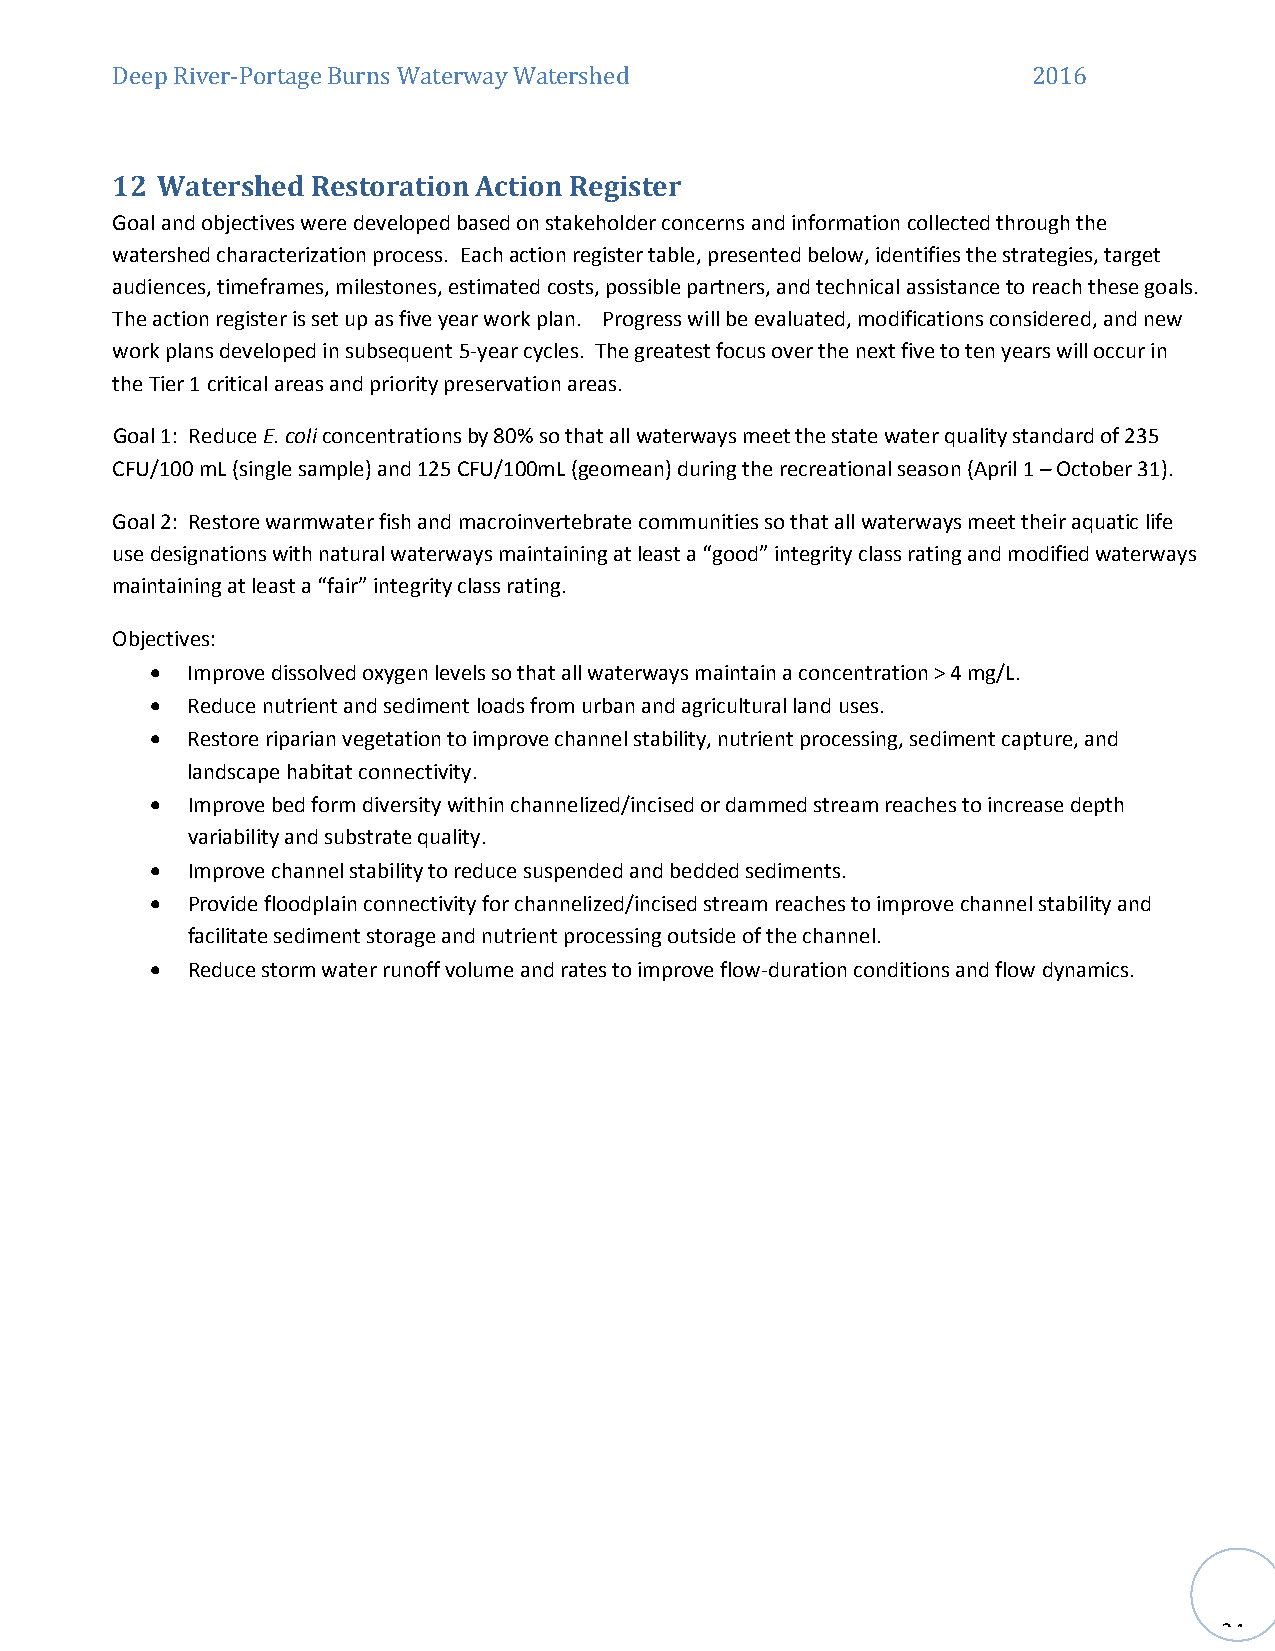
Deep River-Portage Burns Waterway Watershed                  2016
 12 Watershed  Restoration Action Register
 Goal and objectives were developed based on stakeholder concerns and information collected through the
 watershed characterization process. Each action register table, presented below, identifies the strategies, target
 audiences, timeframes, milestones, estimated costs, possible partners, and technical assistance to reach these goals.
 The action register is set up as five year work plan. Progress will be evaluated, modifications considered, and new
 work plans developed in subsequent 5-year cycles. The greatest focus over the next five to ten years will occur in
 the Tier 1 critical areas and priority preservation areas.
 Goal 1: Reduce E. coli concentrations by 80% so that all waterways meet the state water quality standard of 235
 CFU/100 mL (single sample) and 125 CFU/100mL (geomean) during the recreational season (April 1 – October 31).
 Goal 2: Restore warmwater fish and macroinvertebrate communities so that all waterways meet their aquatic life
 use designations with natural waterways maintaining at least a “good” integrity class rating and modified waterways
 maintaining at least a “fair” integrity class rating.
 Objectives:
 • Improve dissolved oxygen levels so that all waterways maintain a concentration > 4 mg/L.
 • Reduce nutrient and sediment loads from urban and agricultural land uses.
 • Restore riparian vegetation to improve channel stability, nutrient processing, sediment capture, and
 landscape habitat connectivity.
 • Improve bed form diversity within channelized/incised or dammed stream reaches to increase depth
 variability and substrate quality.
 • Improve channel stability to reduce suspended and bedded sediments.
 • Provide floodplain connectivity for channelized/incised stream reaches to improve channel stability and
 facilitate sediment storage and nutrient processing outside of the channel.
 • Reduce storm water runoff volume and rates to improve flow-duration conditions and flow dynamics.
 34